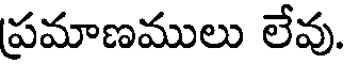
ప్రమాణములు లేవు.